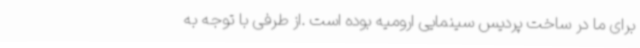
برای ما در ساخت پردیس سینمایی ارومیه بوده است .از طرفی با توجه به